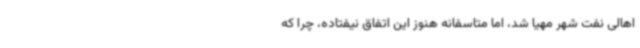
اهالی نفت شهر مهیا شد، اما متاسفانه هنوز این اتفاق نیفتاده، چرا که